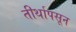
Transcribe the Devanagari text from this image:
तीर्थापसून